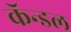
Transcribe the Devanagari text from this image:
कॅन्डल